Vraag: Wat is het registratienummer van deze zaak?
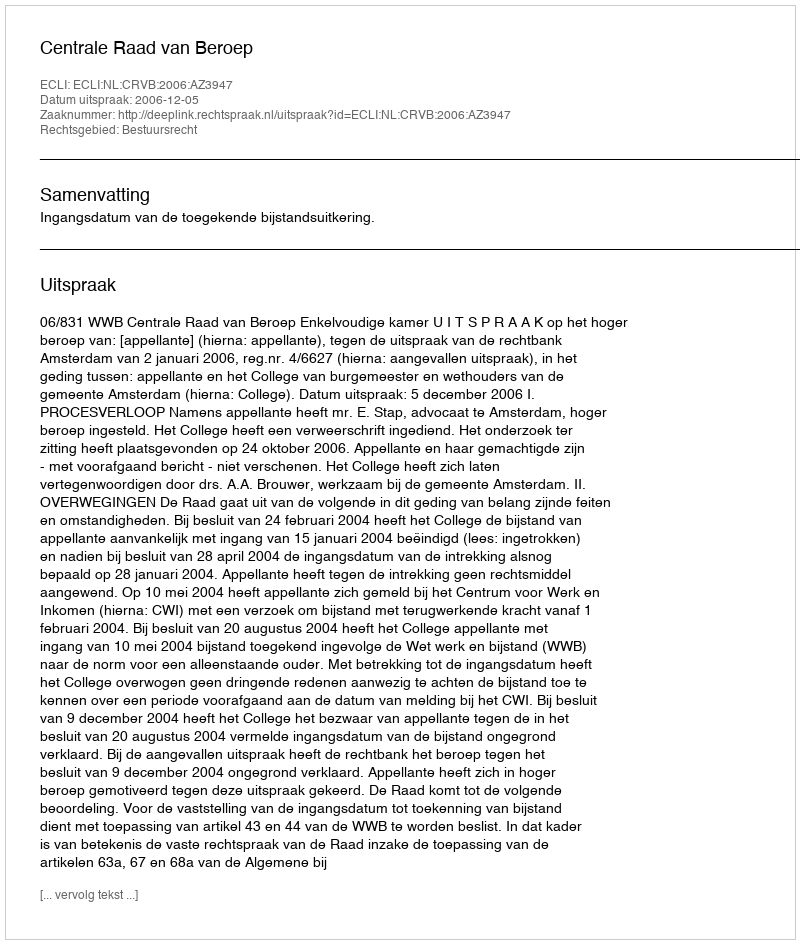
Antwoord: http://deeplink.rechtspraak.nl/uitspraak?id=ECLI:NL:CRVB:2006:AZ3947